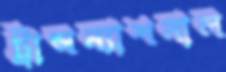
ট্রান্সন্যাশনাল